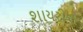
શાયરીના